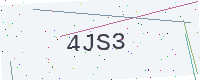
Text: 4JS3